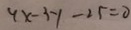
4 x - 3 y - 2 5 = 0